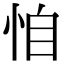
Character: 𢙆